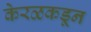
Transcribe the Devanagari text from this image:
केरळकडून